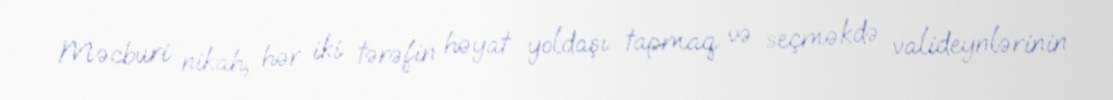
Məcburi nikah, hər iki tərəfin həyat yoldaşı tapmaq və seçməkdə valideynlərinin